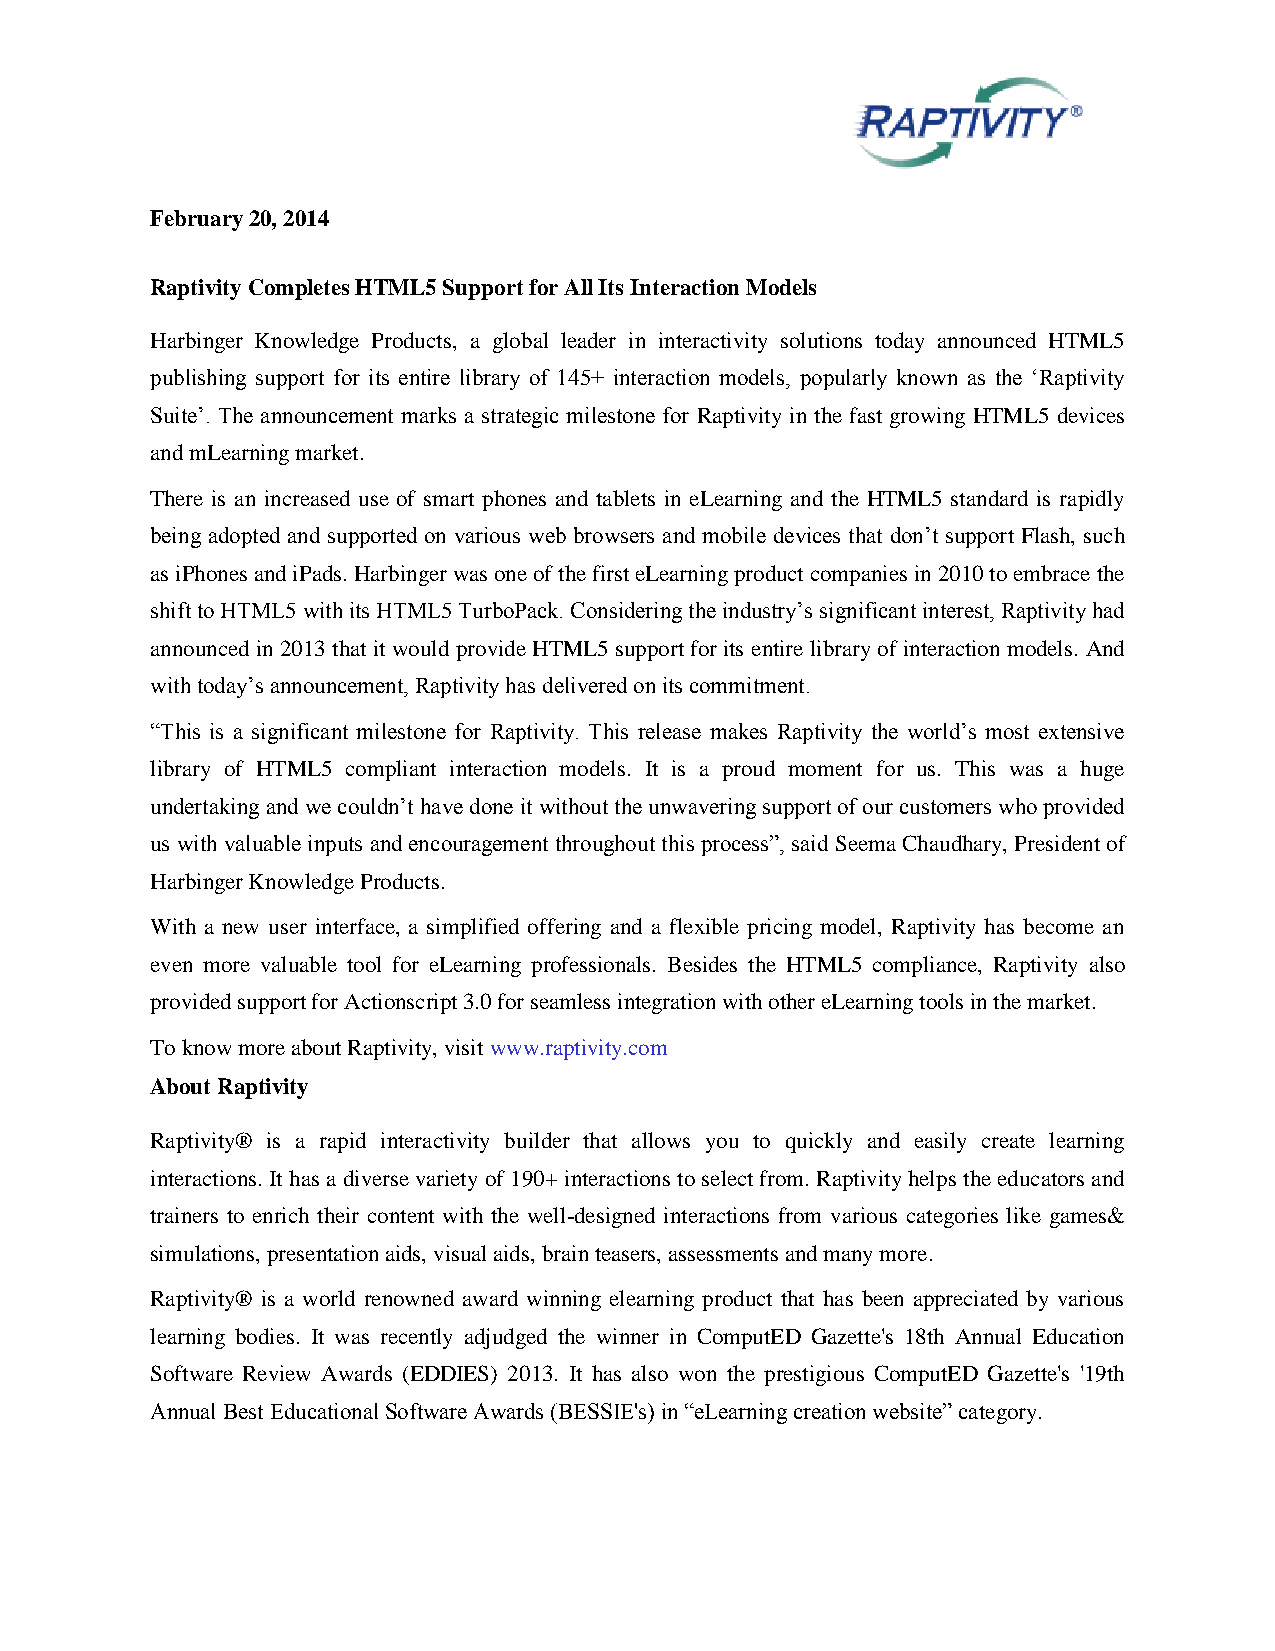
February 20, 2014
 Raptivity Completes HTML5 Support for All Its Interaction Models
 Harbinger Knowledge Products, a global leader in interactivity solutions today announced HTML5
 publishing support for its entire library of 145+ interaction models, popularly known as the ‘Raptivity
 Suite’. The announcement marks a strategic milestone for Raptivity in the fast growing HTML5 devices
 and mLearning market.
 There is an increased use of smart phones and tablets in eLearning and the HTML5 standard is rapidly
 being adopted and supported on various web browsers and mobile devices that don’t support Flash, such
 as iPhones and iPads. Harbinger was one of the first eLearning product companies in 2010 to embrace the
 shift to HTML5 with its HTML5 TurboPack. Considering the industry’s significant interest, Raptivity had
 announced in 2013 that it would provide HTML5 support for its entire library of interaction models. And
 with today’s announcement, Raptivity has delivered on its commitment.
 “This is a significant milestone for Raptivity. This release makes Raptivity the world’s most extensive
 library of HTML5 compliant interaction models. It is a proud moment for us. This was a huge
 undertaking and we couldn’t have done it without the unwavering support of our customers who provided
 us with valuable inputs and encouragement throughout this process”, said Seema Chaudhary, President of
 Harbinger Knowledge Products.
 With a new user interface, a simplified offering and a flexible pricing model, Raptivity has become an
 even more valuable tool for eLearning professionals. Besides the HTML5 compliance, Raptivity also
 provided support for Actionscript 3.0 for seamless integration with other eLearning tools in the market.
 To know more about Raptivity, visit www.raptivity.com
 About Raptivity
 Raptivity® is a rapid interactivity builder that allows you to quickly and easily create learning
 interactions. It has a diverse variety of 190+ interactions to select from. Raptivity helps the educators and
 trainers to enrich their content with the well-designed interactions from various categories like games&
 simulations, presentation aids, visual aids, brain teasers, assessments and many more.
 Raptivity® is a world renowned award winning elearning product that has been appreciated by various
 learning bodies. It was recently adjudged the winner in ComputED Gazette's 18th Annual Education
 Software Review Awards (EDDIES) 2013. It has also won the prestigious ComputED Gazette's '19th
 Annual Best Educational Software Awards (BESSIE's) in “eLearning creation website” category.